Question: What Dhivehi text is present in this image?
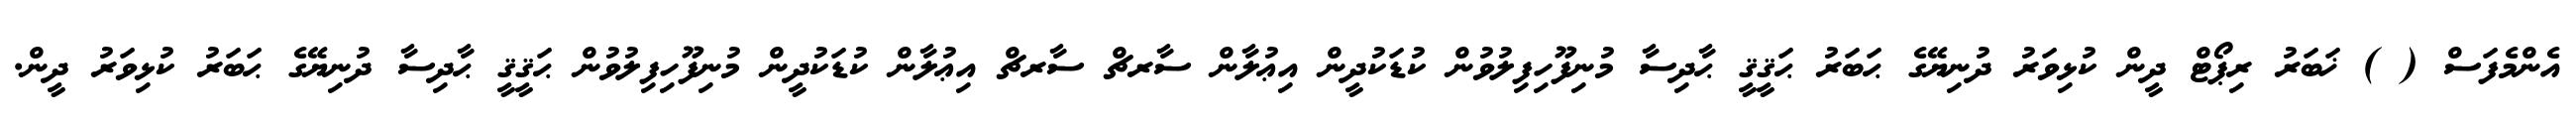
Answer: އެންމެފަސް ( ) ޚަބަރު ރިޕޯޓް ދީން ކުޅިވަރު ދުނިޔޭގެ ޙަބަރު ޙަޤީޤީ ޙާދިސާ މުނިފޫހިފިލުވުން ކުޑަކުދީން އިޢުލާން ސާރޗް ސާރޗް އިޢުލާން ކުޑަކުދީން މުނިފޫހިފިލުވުން ޙަޤީޤީ ޙާދިސާ ދުނިޔޭގެ ޙަބަރު ކުޅިވަރު ދީން.